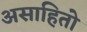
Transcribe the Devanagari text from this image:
असाहितो